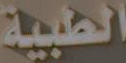
الطبية